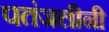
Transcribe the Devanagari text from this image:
पतंजलीनी